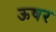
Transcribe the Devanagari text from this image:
ऊषर